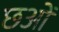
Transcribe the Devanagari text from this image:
छओं